Report of the Municipal Commissioner on the plague in Bombay for the year ending 31st May... - Volume 2
Disease focus: Plague
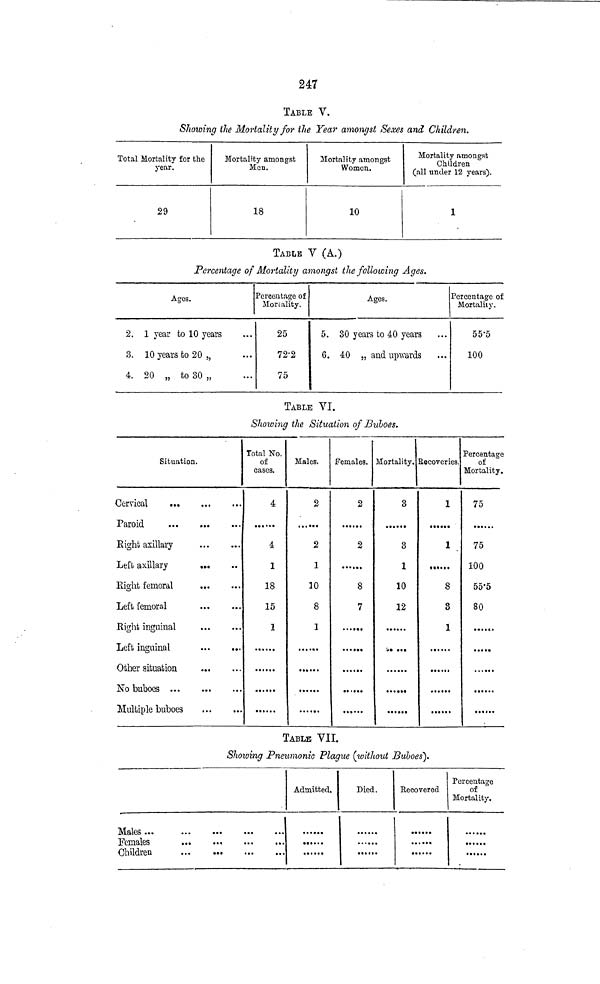
247
TABLE V.
Showing the Mortality for the Yea?* amongst Sexes and Children.
Total Mortality for the
year.
29
Mortality amongst
Men.
18
Mortality amongst
Women.
10
Mortality amongst
Children
(all under 12 years).
1
TABLE V (A.)
Percentage of Mortality amongst the following Ages.
Ages.
2.
3.
4.
1 year to 10 years
10 years to 20 „
20 „ to 30 „
Percentage of
Mortality.
25
72-2
75
Ages.
5. 30 years to 40 years
6. 40 „ and upwards
Percentage o:
Mortality.
55'5
100
TABLE VI.
Showing the Situation of Biiboes.
Situation.
Cervical
...
Paroid
Right axillary
Left axillary
Eight femoral
Left femoral
Right inguinal
Left inguinal
Other situation
Multiple buboes
Total No.
of
cases.
4
4
1
18
15
1
Males.
2
2
1
10
8
1
Females.
2
2
8
7
Mortality.
3
3
1
10
12
Recoveries.
1
1
•••<••
8
3
1
Percentage
of
Mortality.
75
75
100
55'5
80
....c.
......
TABLE VII.
Showing Pneumonia Plague (without Buboes).
Males ...
Children
Admitted.
Died.
Recovered
... ...
Percentage
of
Mortality.